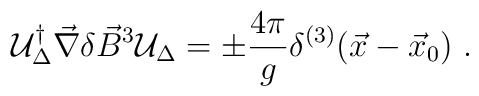
{\cal U}_{\Delta}^{\dagger} \vec{\nabla}  \delta\vec{B}^{3} {\cal U}_{\Delta} =\pm \frac{4 \pi}{g} \delta^{(3)} (\vec{x}- \vec{x}_{0}) \ .